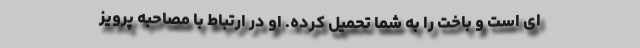
ای است و باخت را به شما تحمیل کرده. او در ارتباط با مصاحبه پرویز